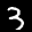
Label: 3